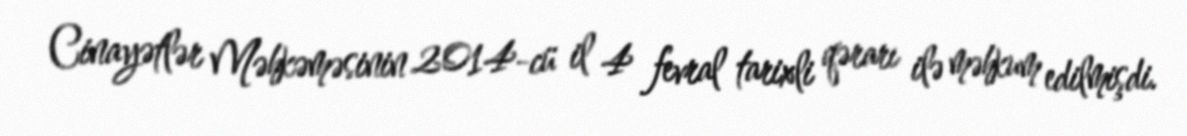
Cinayətlər Məhkəməsinin 2014-cü il 4 fevral tarixli qərarı ilə məhkum edilmişdi.